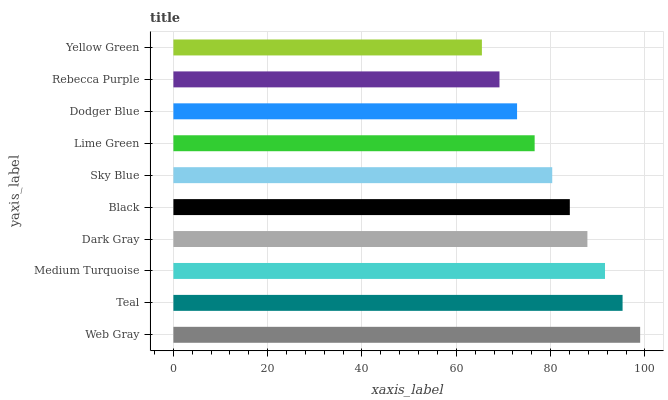
| yaxis_label | bars |
 | --- | --- |
 | Web Gray | 99 |
 | Teal | 95.3 |
 | Medium Turquoise | 91.5 |
 | Dark Gray | 87.8 |
 | Black | 84.1 |
 | Sky Blue | 80.4 |
 | Lime Green | 76.6 |
 | Dodger Blue | 72.9 |
 | Rebecca Purple | 69.2 |
 | Yellow Green | 65.4 |